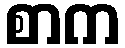
စာက